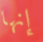
إنها